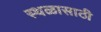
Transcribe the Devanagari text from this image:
स्थळासाठी